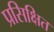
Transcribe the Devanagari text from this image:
प्रसिक्षित